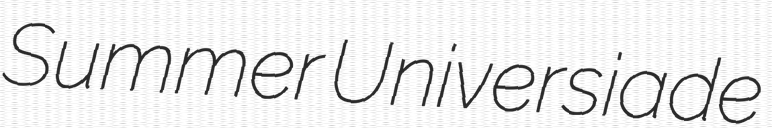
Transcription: Summer Universiade